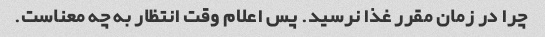
چرا در زمان مقرر غذا نرسید. پس اعلام وقت انتظار به چه معناست.